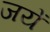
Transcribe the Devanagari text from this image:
जयें